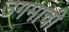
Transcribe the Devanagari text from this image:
उगमाची